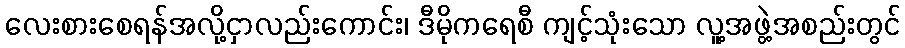
လေးစားစေရန်အလို့ငှာလည်းကောင်း၊ ဒီမိုကရေစီ ကျင့်သုံးသော လူ့အဖွဲ့အစည်းတွင်